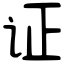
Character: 证